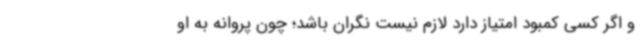
و اگر کسی کمبود امتیاز دارد لازم نیست نگران باشد؛ چون پروانه به او